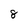
Character: g